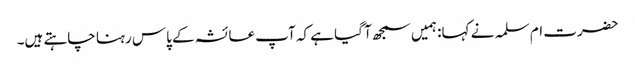
حضرت ام سلمہ نے کہا: ہمیں سمجھ آ گیا ہے کہ آپ عائشہ کے پاس رہنا چاہتے ہیں۔